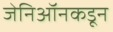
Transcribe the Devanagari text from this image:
जेनिऑनकडून